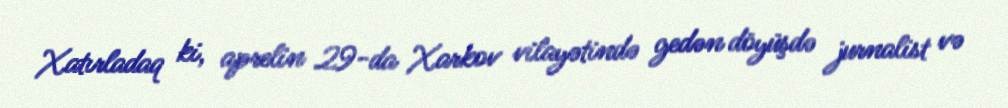
Xatırladaq ki, aprelin 29-da Xarkov vilayətində gedən döyüşdə jurnalist və